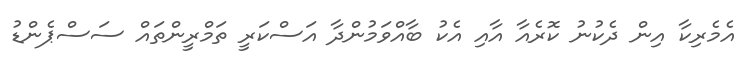
އެމެރިކާ އިން ދެކުނު ކޮރެއާ އާއި އެކު ބާއްވަމުންދާ އަސްކަރީ ތަމްރީންތައް ސަސްޕެންޑު